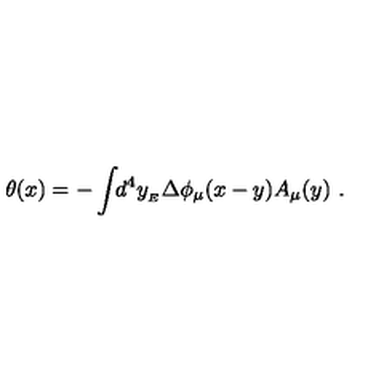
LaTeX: \theta ( x ) = - \int \! \! d ^ { 4 } y _ { _ { E } } \Delta \phi _ { \mu } ( x - y ) A _ { \mu } ( y ) \ .